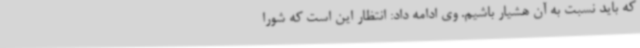
که باید نسبت به آن هشیار باشیم. وی ادامه داد: انتظار این است که شورا